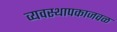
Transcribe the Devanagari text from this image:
व्यवस्थापकाजवळ